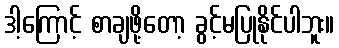
ဒါ့ကြောင့် စာချဖို့တော့ ခွင့်မပြုနိုင်ပါဘူး။